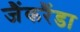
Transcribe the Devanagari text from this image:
जैंकरैंडा